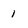
Character: 1